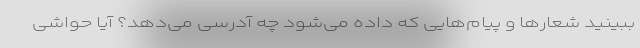
ببینید شعارها و پیام‌هایی که داده می‌شود چه آدرسی می‌دهد؟ آیا حواشی